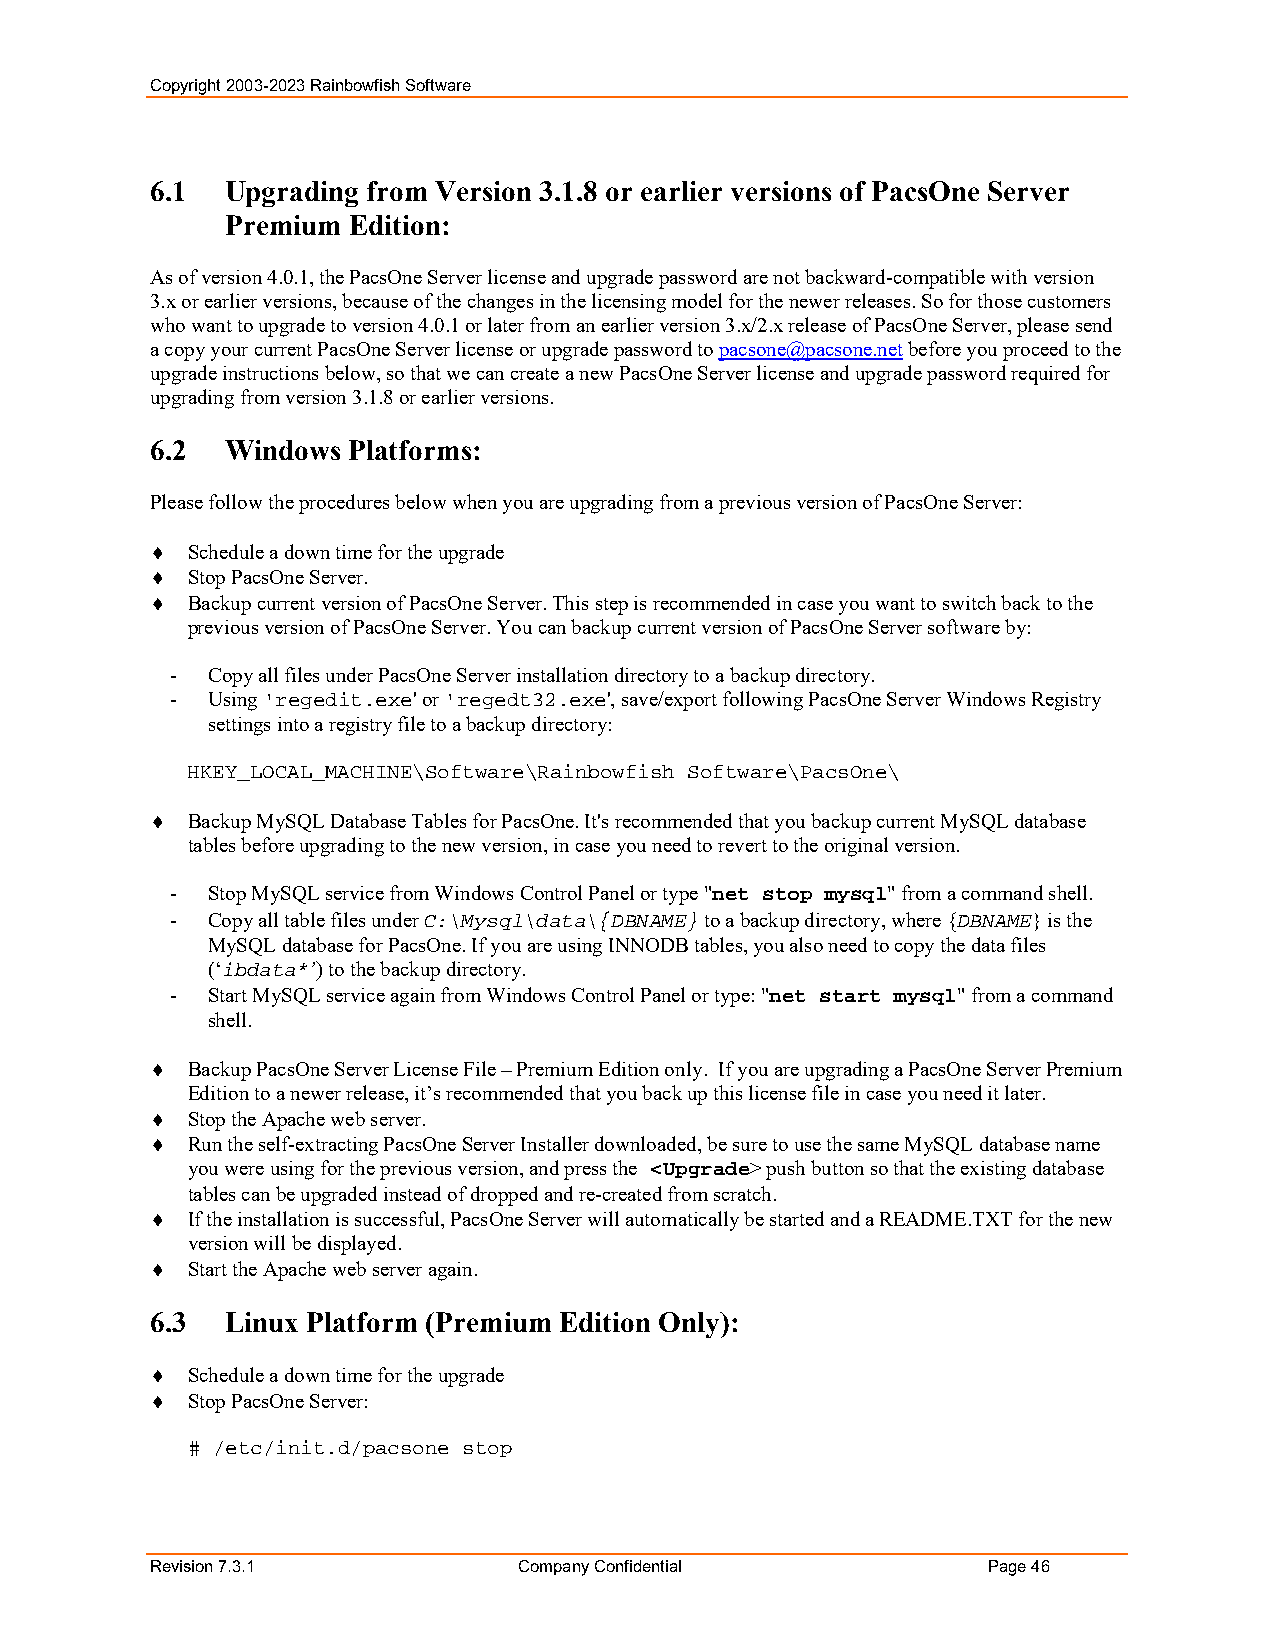
Copyright 2003-2023 Rainbowfish Software
 6.1  Upgrading from Version 3.1.8 or earlier versions of PacsOne Server
 Premium Edition:
 As of version 4.0.1, the PacsOne Server license and upgrade password are not backward-compatible with version
 3.x or earlier versions, because of the changes in the licensing model for the newer releases. So for those customers
 who want to upgrade to version 4.0.1 or later from an earlier version 3.x/2.x release of PacsOne Server, please send
 a copy your current PacsOne Server license or upgrade password to pacsone@pacsone.net before you proceed to the
 upgrade instructions below, so that we can create a new PacsOne Server license and upgrade password required for
 upgrading from version 3.1.8 or earlier versions.
 6.2  Windows Platforms:
 Please follow the procedures below when you are upgrading from a previous version of PacsOne Server:
  Schedule a down time for the upgrade
  Stop PacsOne Server.
  Backup current version of PacsOne Server. This step is recommended in case you want to switch back to the
 previous version of PacsOne Server. You can backup current version of PacsOne Server software by:
 -  Copy all files under PacsOne Server installation directory to a backup directory.
 -  Using 'regedit.exe' or 'regedt32.exe', save/export following PacsOne Server Windows Registry
 settings into a registry file to a backup directory:
 HKEY_LOCAL_MACHINE\Software\Rainbowfish Software\PacsOne\
  Backup MySQL Database Tables for PacsOne. It's recommended that you backup current MySQL database
 tables before upgrading to the new version, in case you need to revert to the original version.
 -  Stop MySQL service from Windows Control Panel or type "net stop mysql" from a command shell.
 -  Copy all table files under C:\Mysql\data\{DBNAME} to a backup directory, where {DBNAME} is the
 MySQL database for PacsOne. If you are using INNODB tables, you also need to copy the data files
 (‘ibdata*’) to the backup directory.
 -  Start MySQL service again from Windows Control Panel or type: "net start mysql" from a command
 shell.
  Backup PacsOne Server License File – Premium Edition only. If you are upgrading a PacsOne Server Premium
 Edition to a newer release, it’s recommended that you back up this license file in case you need it later.
  Stop the Apache web server.
  Run the self-extracting PacsOne Server Installer downloaded, be sure to use the same MySQL database name
 you were using for the previous version, and press the <Upgrade> push button so that the existing database
 tables can be upgraded instead of dropped and re-created from scratch.
  If the installation is successful, PacsOne Server will automatically be started and a README.TXT for the new
 version will be displayed.
  Start the Apache web server again.
 6.3  Linux Platform (Premium Edition Only):
  Schedule a down time for the upgrade
  Stop PacsOne Server:
 # /etc/init.d/pacsone stop
 Revision 7.3.1          Company Confidential           Page 46